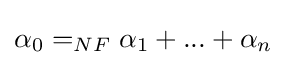
\alpha _{0}=_{NF}\alpha _{1}+...+\alpha _{n}